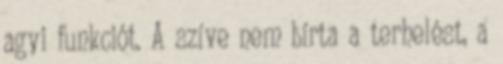
agyi funkciót. A szíve nem bírta a terhelést, a